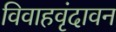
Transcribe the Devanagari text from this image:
विवाहवृंदावन